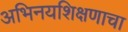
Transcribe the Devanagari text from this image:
अभिनयशिक्षणाचा